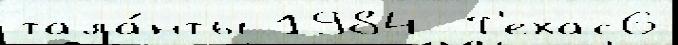
тала́нты 1984  Т'ехас6